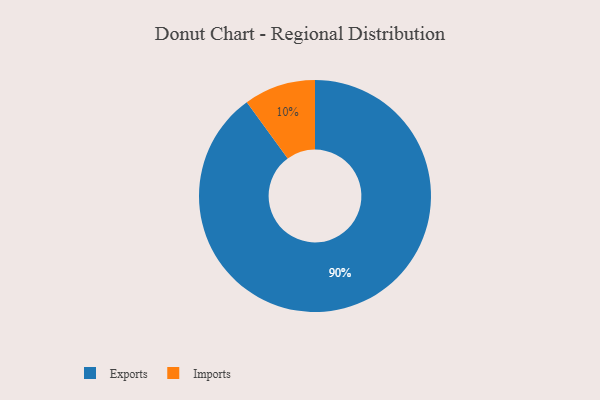
{"axis": {"x": "Category", "y": "Percentage"}, "legend": ["Exports", "Imports"], "data": [{"x": "Imports", "y": 10, "type": "Imports"}, {"x": "Exports", "y": 90, "type": "Exports"}]}